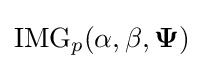
{\rm {IMG}}_{p}(\alpha ,\beta ,{\boldsymbol {\Psi }})